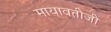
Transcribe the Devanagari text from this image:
मायावतीजी